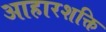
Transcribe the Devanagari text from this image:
आहारशक्ति